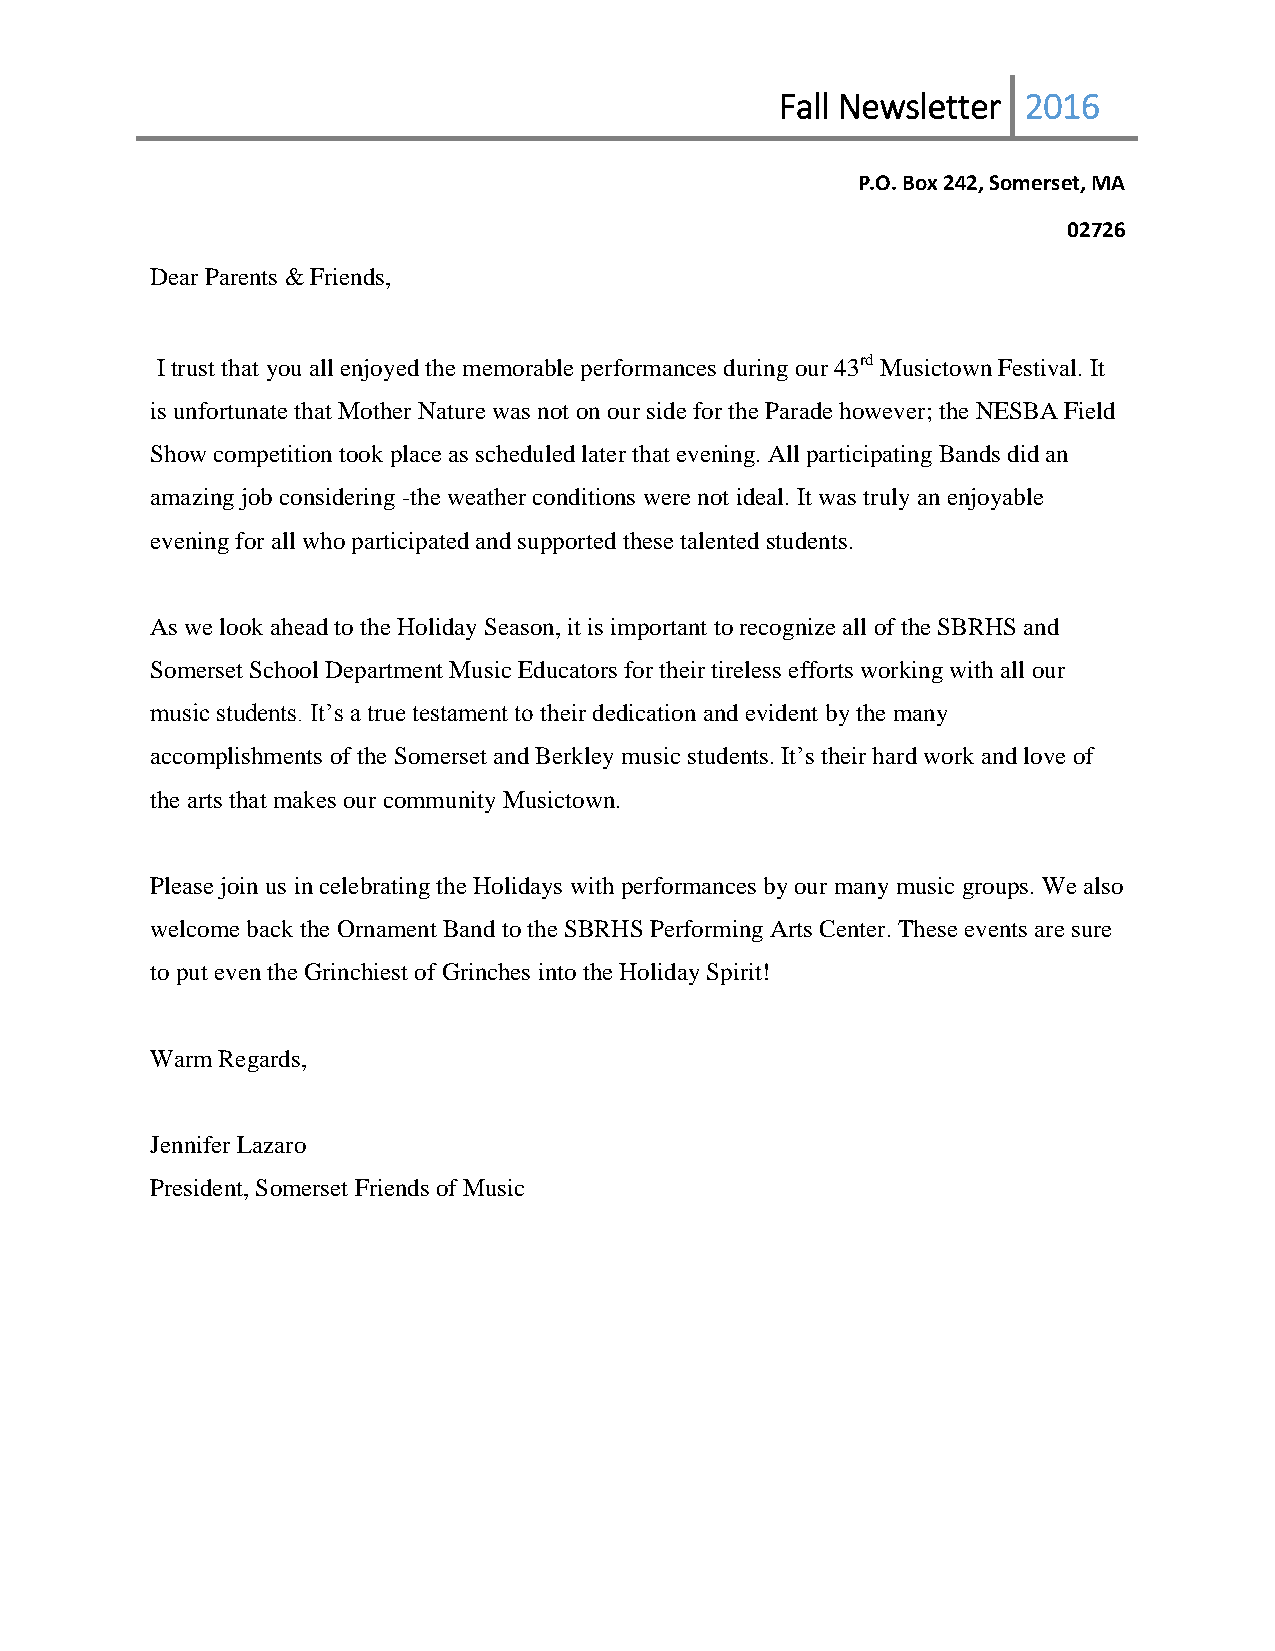
Fall Newsletter 2016
 P.O. Box 242, Somerset, MA
 02726
 Dear Parents & Friends,
 I trust that you all enjoyed the memorable performances during our 43rd Musictown Festival. It
 is unfortunate that Mother Nature was not on our side for the Parade however; the NESBA Field
 Show competition took place as scheduled later that evening. All participating Bands did an
 amazing job considering -the weather conditions were not ideal. It was truly an enjoyable
 evening for all who participated and supported these talented students.
 As we look ahead to the Holiday Season, it is important to recognize all of the SBRHS and
 Somerset School Department Music Educators for their tireless efforts working with all our
 music students. It’s a true testament to their dedication and evident by the many
 accomplishments of the Somerset and Berkley music students. It’s their hard work and love of
 the arts that makes our community Musictown.
 Please join us in celebrating the Holidays with performances by our many music groups. We also
 welcome back the Ornament Band to the SBRHS Performing Arts Center. These events are sure
 to put even the Grinchiest of Grinches into the Holiday Spirit!
 Warm Regards,
 Jennifer Lazaro
 President, Somerset Friends of Music